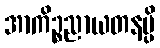
အာကိဉ္စညာယတနမ္ပိ